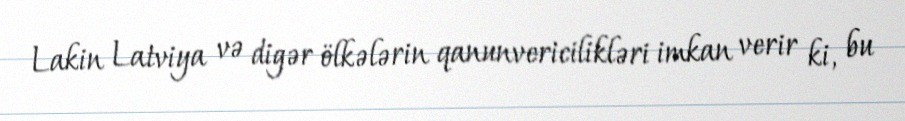
Lakin Latviya və digər ölkələrin qanunvericilikləri imkan verir ki, bu